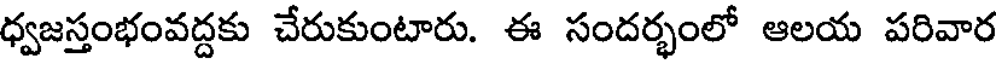
ధ్వజస్తంభంవద్దకు చేరుకుంటారు. ఈ సందర్భంలో ఆలయ పరివార